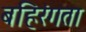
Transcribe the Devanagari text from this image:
बहिरंगता